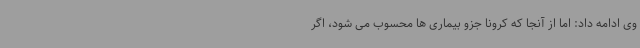
وی ادامه داد: اما از آنجا که کرونا جزو بیماری ها محسوب می شود، اگر